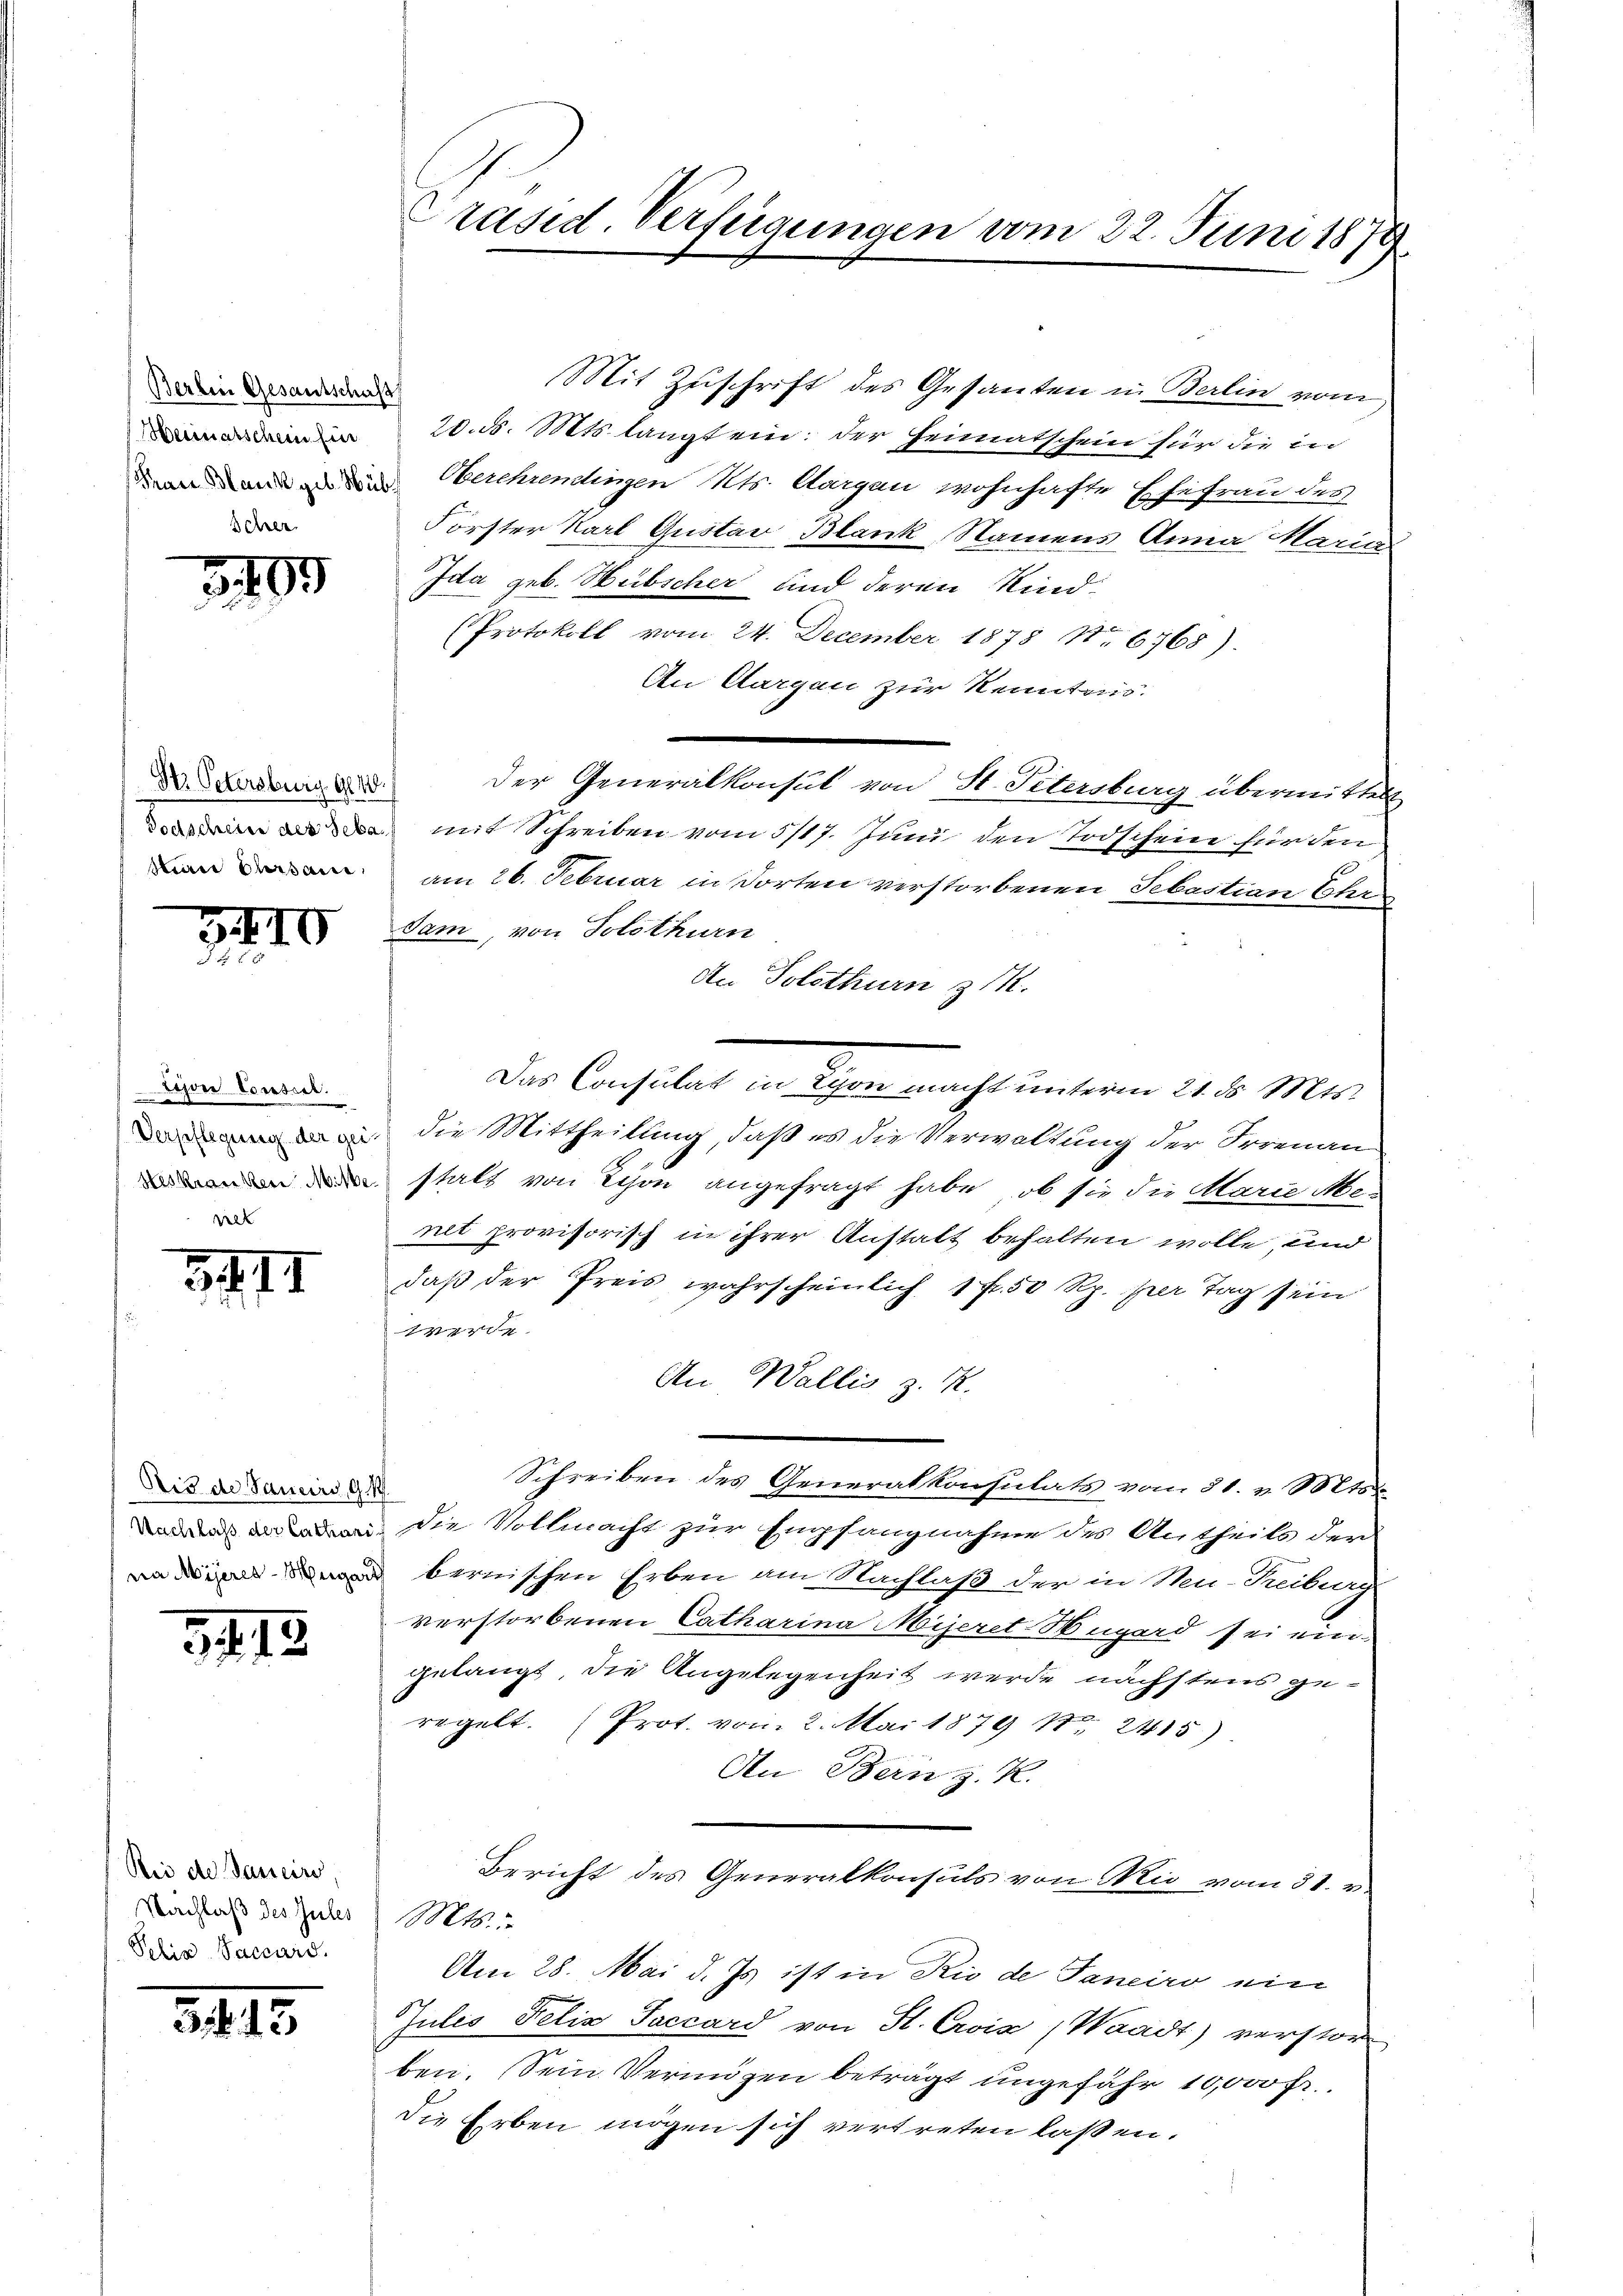
Berlin Gesantschaft
Heimatschein für

3499

Str. Petersburg 940.
Man versau,

3410
4

Lison Consil.
ret

3411

Nis de Sancirs 91

3.13

Rei de Janein,
Nachlaß des Zules
Pelin Saccord.

31815

Präsid. Verfügungen vom 22. Juni 1879

Mit Zuschrift des Gesanten in Berlin vom
20. d. Mts. langt ein: der Heimatschein für die in
deen und in Oberehrendingen Kts. Aargau wohnhafte Ehefrau des
Förster Karl Gustav Blank, Namens Anna Maria
Ida geb. Hübscher sind deren Kind¬
(Protokoll vom 24. December 1878 No. 6768).
An Aargau zur Kenntnis.
Der Generalkonsul von St. Petersburg übermittelt
 mit Schreiben vom 5/17. Juni den Todschein für den
am 26. Februar in Dorten verstorbenen Sebastian Ehre
dam, von Solothurn
An Solothurn z.
Das Consulat in von macht unterm 21. Mär
die Mittheilung, daß es die Verwaltung der Frienan-
 statt von Schon angefragt habe, ob sie die Marie Me-
nit provisorisch in ihrer Anstalt behalten wolle, und
daß der Preis wahrscheinlich 1 Fr. 50 Rp. per Tag sein
r
An Wallis z. R.
Schreiben des Generalkonsulats vom 31. v. Mts.
 . Die Vollmacht zur Empfangnahme des Antheils der
 bernischen Erben am Nachlaß der in Neu-Treiburg
verstorbenen Catharina Mijeret Hugård sei ein
gelangt, die Angelegenheit werde nächstens geregelt. (Prot. vom 2. Mai 1879 1. 2415)
An Bern z. R.
Bericht des Generalkonsuls von Wie vom 31. v.
Mts.
Am 28. Mai d. Js. ist in Rio de Janeiro ein
Jules Felix Faccard von St. Croix (Waadt) verstor
ben. Sein Vermögen beträgt ungefähr 10,000 Fr.
die Erben mögen sich vertreten laßen.